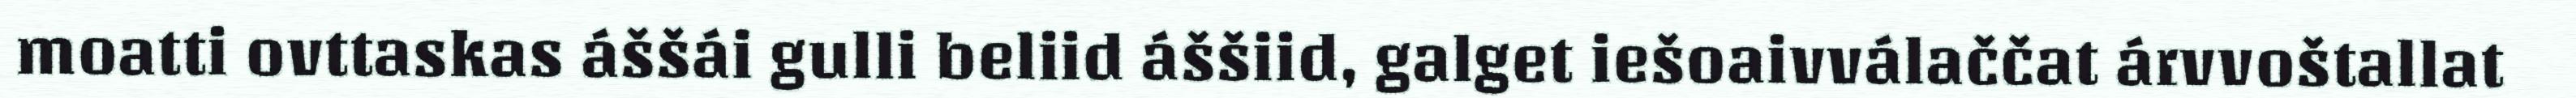
moatti ovttaskas áššái gulli beliid áššiid, galget iešoaivválaččat árvvoštallat